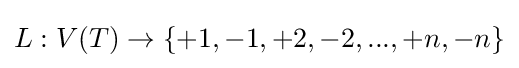
L:V(T)\to \{+1,-1,+2,-2,...,+n,-n\}